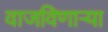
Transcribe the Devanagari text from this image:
वाजविणार्‍या